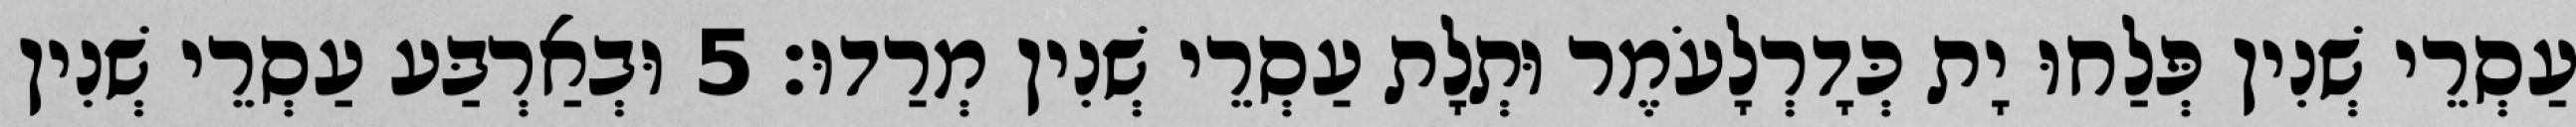
עַסְרֵי שְׁנִין פְּלַחוּ יָת כְּדָרְלָעֹמֶר וּתְלָת עַסְרֵי שְׁנִין מְרַדוּ׃ 5 וּבְאַרְבַּע עַסְרֵי שְׁנִין